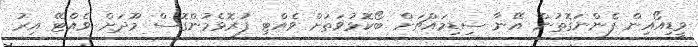
ވީޑިއޯއިން ފެންނަގޮތުން އޭނާ ސިޑިމައްޗަށް ބޯކޮޅުވަތަށް ވެއްޓި ފުރޮޅެމުންގޮސް މޫދަށް ވެއްޓޭ އިރު